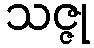
သဇ္ဇု